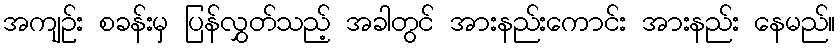
အကျဉ်း စခန်းမှ ပြန်လွှတ်သည့် အခါတွင် အားနည်းကောင်း အားနည်း နေမည်။